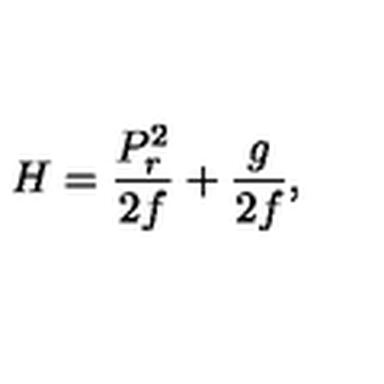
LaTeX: H = { \frac { P _ { r } ^ { 2 } } { 2 f } } + { \frac { g } { 2 f } } ,